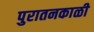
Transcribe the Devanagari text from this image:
पुरातनकाळी